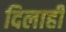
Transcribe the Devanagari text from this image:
दिलाही